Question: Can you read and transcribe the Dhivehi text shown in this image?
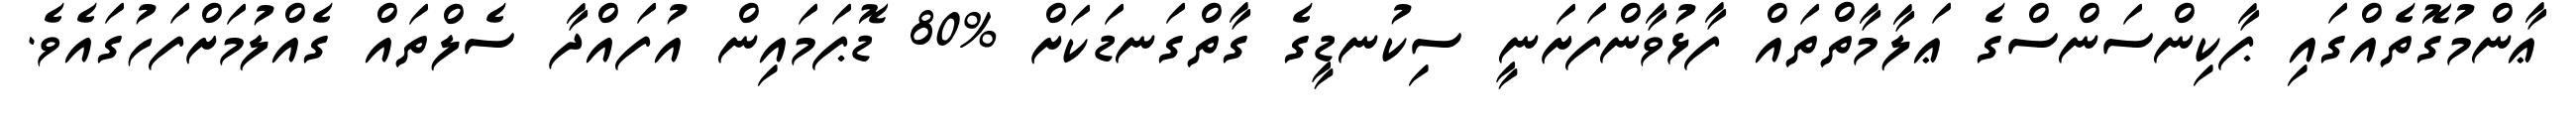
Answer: ޢާންމުގޮތެއްގައި ޕާކިންސަންސްގެ ޢަލާމާތްތައް ފާޅުވާންފަށަނީ ސިކުނޑީގެ ގާތްގަނޑަކަށް %80 ޑޮޕަމައިން އުފައްދާ ސެލްތައް ގެއްލުމަށްފަހުގައެވެ.